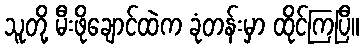
သူတို့ မီးဖိုချောင်ထဲက ခုံတန်းမှာ ထိုင်ကြပြီ။